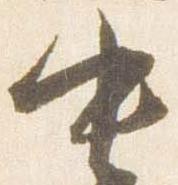
中